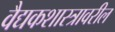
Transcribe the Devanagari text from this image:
वैद्यकशास्त्रावरील